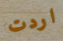
اردت